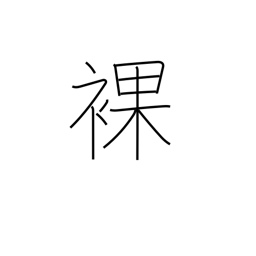
Meaning: uncovered